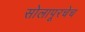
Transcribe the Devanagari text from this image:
सोलापूरचेच